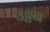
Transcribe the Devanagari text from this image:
उट्टन